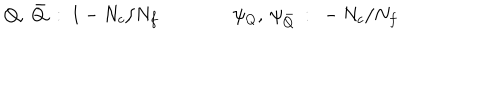
LaTeX: Q , ~ \bar { Q } ~ : ~ 1 - N _ { c } / N _ { f } \qquad \qquad \psi _ { Q } , ~ \psi _ { \bar { Q } } ~ : ~ - N _ { c } / N _ { f }